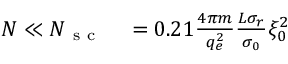
\begin{array} { r l } { N \ll N _ { \mathrm { ~ s ~ c ~ } } } & { { } = 0 . 2 1 \frac { 4 \pi m } { q _ { e } ^ { 2 } } \frac { L \sigma _ { r } } { \sigma _ { 0 } } \xi _ { 0 } ^ { 2 } } \end{array}